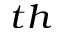
^ { t h }